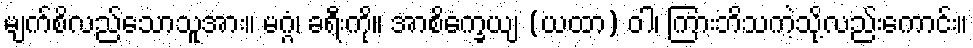
မျက်စိလည်သောသူအား။ မဂ္ဂံ၊ ခရီးကို။ အာစိက္ခေယျ (ယထာ) ဝါ၊ ကြားဘိသကဲ့သို့လည်းကောင်း။